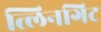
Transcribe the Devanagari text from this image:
त्लिनगिट